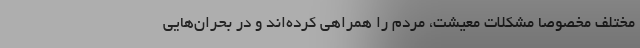
مختلف مخصوصا مشکلات معیشت، مردم را همراهی کرده‌اند و در بحران‌هایی